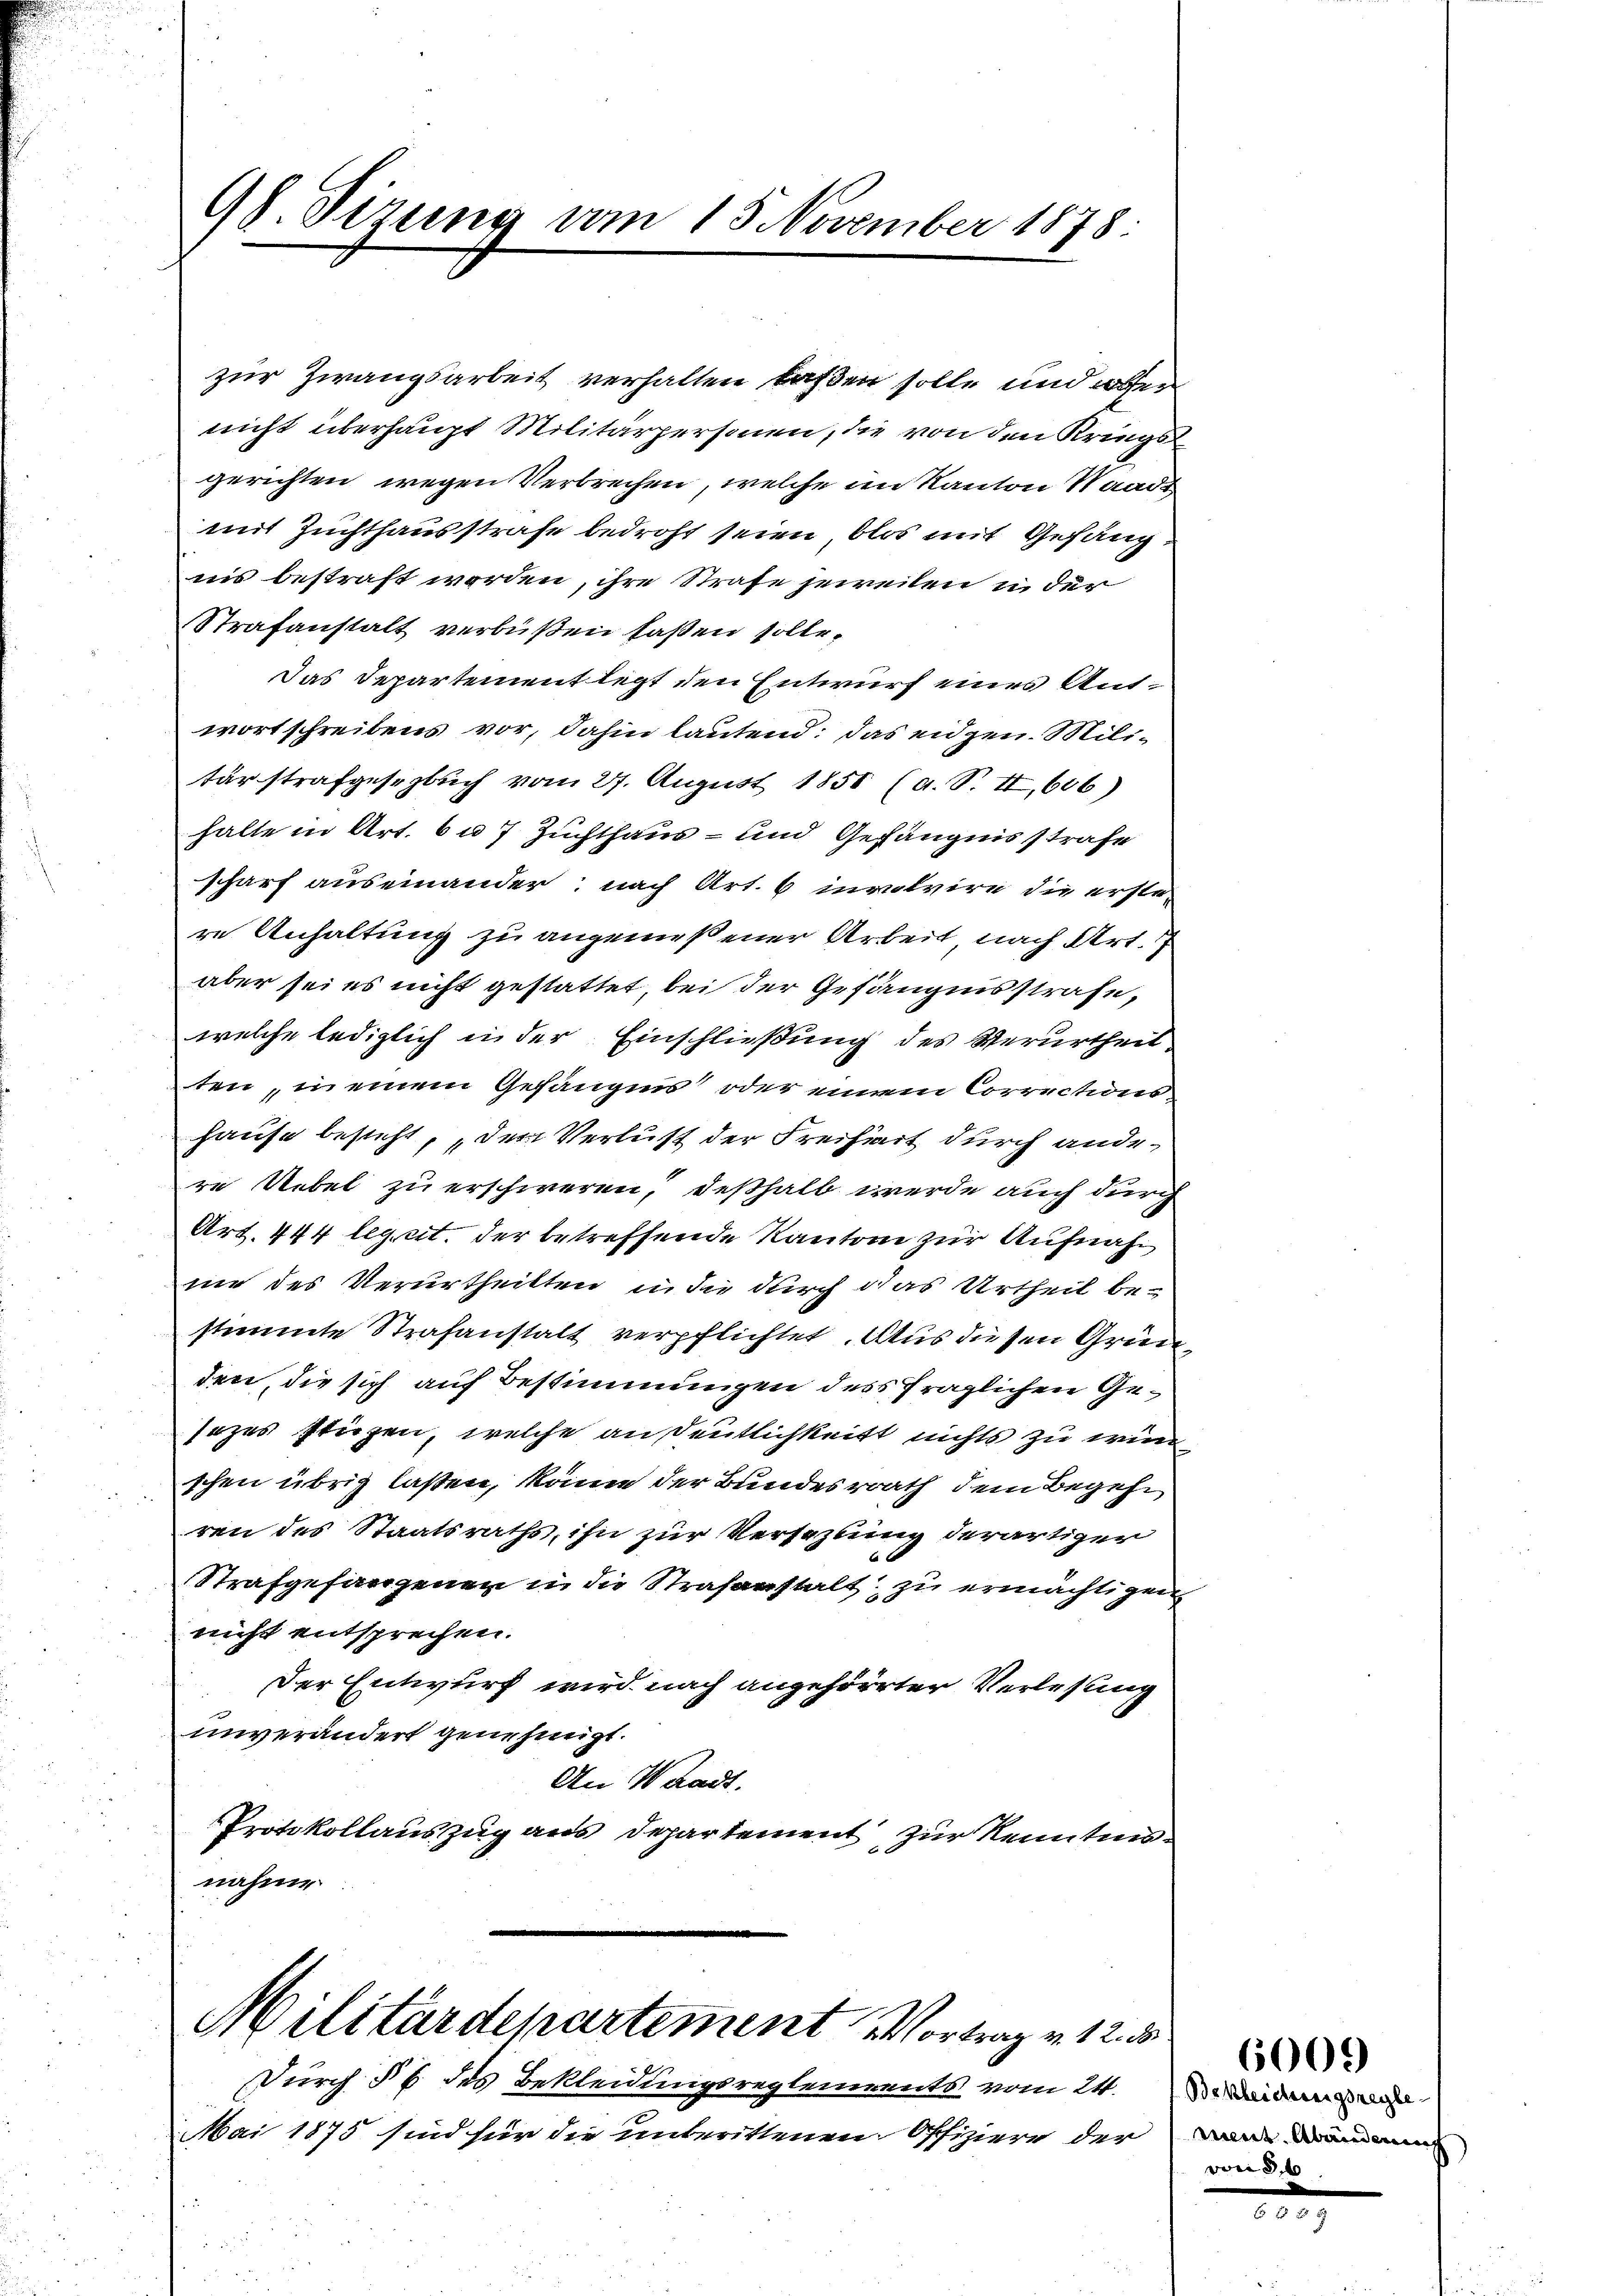
98 Tirung am 15. November 1878.

zur Zwangsarbeit verhalten laßen solle, und wer
nicht überhaupt Militärpersonen, die von den Kriegsgerichten wegen Verbrechen, welche im Kanton Waadt
mit Zuchthausstrafe bedroht seien, blos mit Gefängins bestraft worden, ihre Strafe jeweilen u. der
Strafanstalt verbüßen saßen solle.
Das Departement legt den Entwurf eines Antwortschreibens vor, dahin lautend: das eidgen. Militärstrafgesezlich vom 27. August 1851 (a. S. II, 606)
halte in Art. 6 u. 7 Zuchthaus - und Gefängnisstrafe
scharf auseinander: nach Art. 6 involvire die erste
re Anhaltung zu angemeßener Arbeit nach Art.
aber sei es nicht gestattet, bei der Gefängnisstrafe,
welche lediglich in der Einschließung des Verurtheil
ten, meinem Gefängnis oder einem Correctionshause besteht, „der Verlust der Freiheit durch andere Uebel zu erschweren, deßhalb werde auch durch
Art. 444 legt. der betreffende Kantone zur Aufnahme des Verurtheilten in die durch das Urtheil bestimmte Strafanstalt verpflichtet. Aus diesen Gründen, die sich auf Bestimmungen des fraglichen Gesezes stüzen, welche andeutlichkeitt nichts zu wird
schen übrig laßen, käme der Bundesrath dem Begehren des Staatsraths, ihn zur Versezlung derartiger
Strafgefangenen in die Strafanstalt, zu ermächtigen
nicht entsprechen.
Der Entwurf wird nach angehörter Verlesung
unverändert genehmigt.
An Waadt.
Protokollauszug aus Departement zur Kenntnisnahme

Militärdepartement vortrag v. 12.

Durch § 6 des Bekleidungsreglements vom 24.
Mai 1875 sind für die unterittenen Offiziere der

Bekleidungsregle
mut. Abändenen
von 26.

6009)